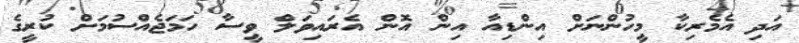
އަދި އެމެރިކާ މީހުންނަށް އިންޑިއާ އިން އޮން އެރައިވަލް ވީސާ ހަމަޖެއްސުމަށް ކުރީގެ